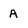
Character: A